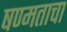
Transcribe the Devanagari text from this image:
षण्मताचा